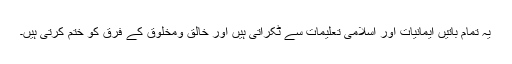
یہ تمام باتیں ایمانیات اور اسلامی تعلیمات سے ٹکراتی ہیں اور خالق ومخلوق کے فرق کو ختم کرتی ہیں۔